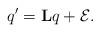
LaTeX: \begin{align*} q'=\mathbf{L}q+\mathcal{E} .\end{align*}